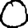
Digit: 0